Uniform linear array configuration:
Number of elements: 12
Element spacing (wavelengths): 0.75
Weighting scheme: blackman
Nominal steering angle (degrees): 60
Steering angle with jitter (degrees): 58.375
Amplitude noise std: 0.05
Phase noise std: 0.05

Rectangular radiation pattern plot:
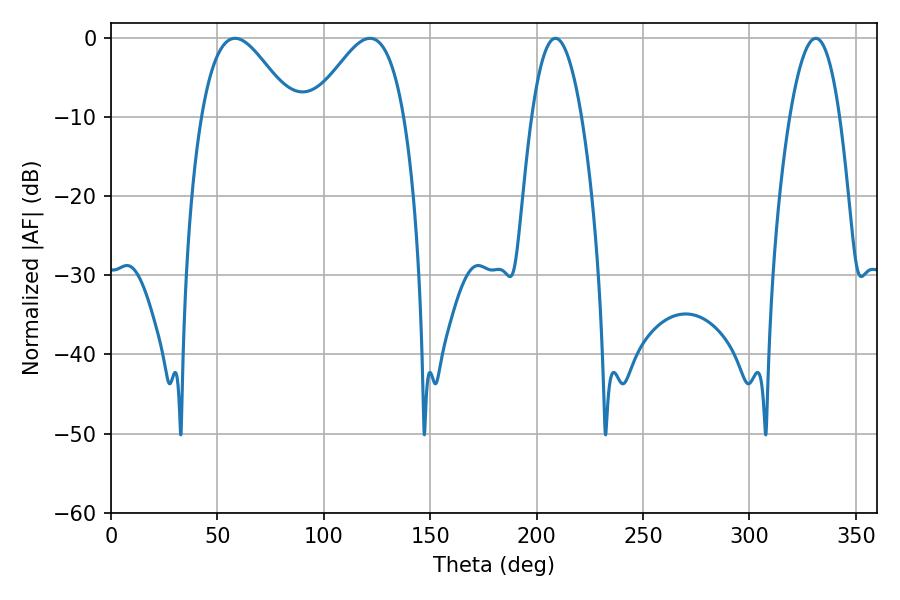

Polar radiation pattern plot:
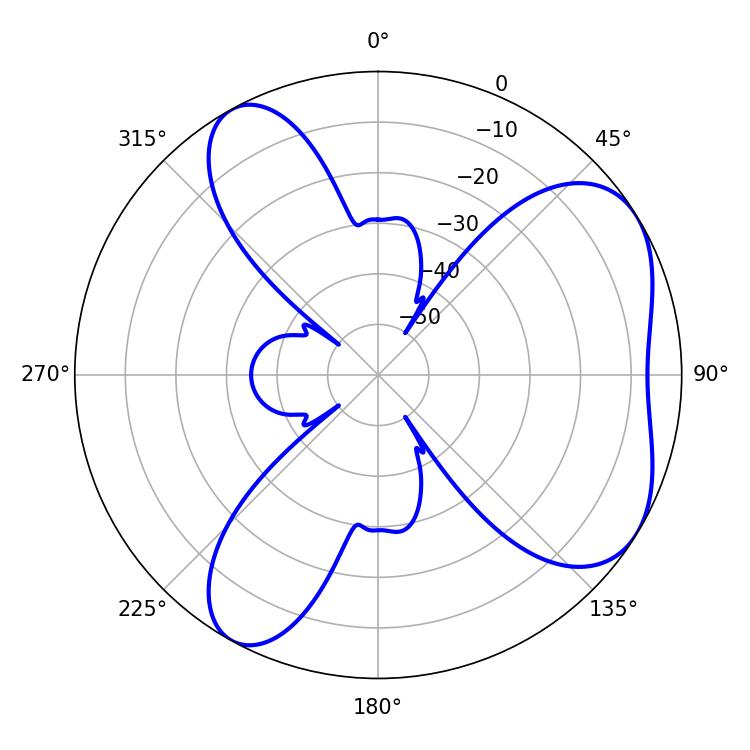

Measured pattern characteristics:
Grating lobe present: TRUE
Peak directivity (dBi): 5.542
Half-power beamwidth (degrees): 23.22
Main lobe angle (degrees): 58.32